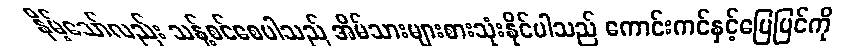
နိမ့်သော်လည်း သန့်စင်စေပါသည် အိမ်သားများစားသုံးနိုင်ပါသည် ကောင်းကင်နှင့်မြေပြင်ကို